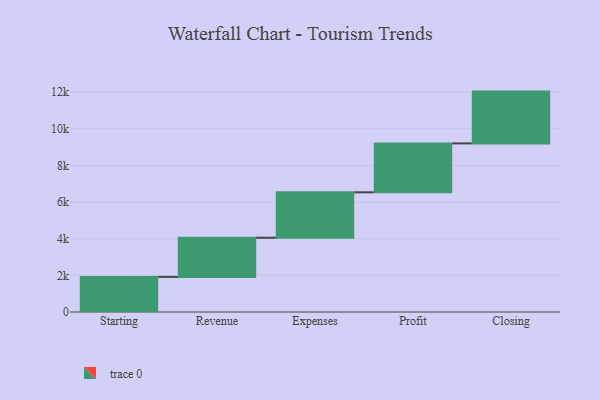
{"axis": {"x": "Step", "y": "Value"}, "legend": [""], "data": [{"x": "Starting", "y": 1916.0, "type": ""}, {"x": "Revenue", "y": 2140.0, "type": ""}, {"x": "Expenses", "y": 2481.0, "type": ""}, {"x": "Profit", "y": 2669.0, "type": ""}, {"x": "Closing", "y": 2830.0, "type": ""}]}